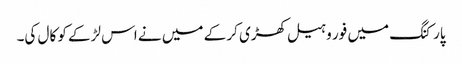
پارکنگ میں فور وہیل کھڑی کر کے میں نے اس لڑکے کو کال کی۔